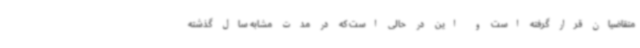
متقاضیان قرار گرفته‌ است و این در حالی است که در مدت مشابه سال گذشته